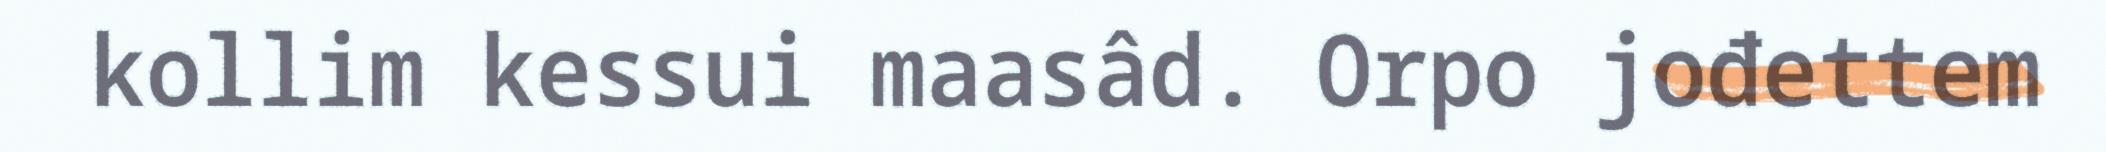
kollim kessui maasâd. Orpo jođettem